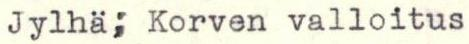
Jylhä; Korven valloitus